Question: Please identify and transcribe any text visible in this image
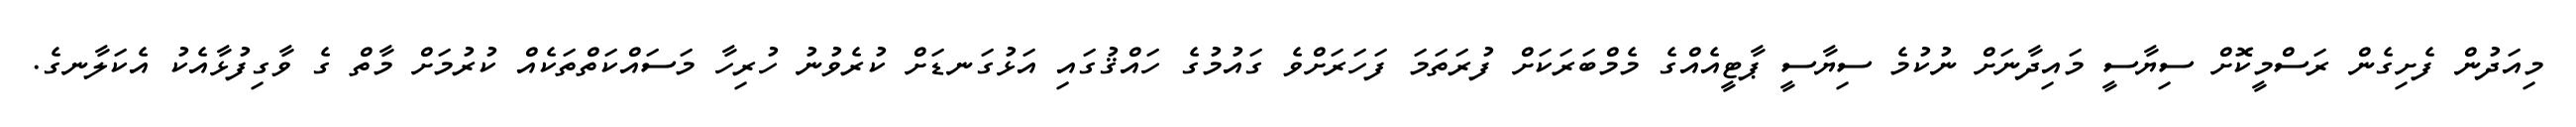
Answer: މިއަދުން ފެށިގެން ރަސްމީކޮށް ސިޔާސީ މައިދާނަށް ނުކުމެ ސިޔާސީ ޕާޓީއެއްގެ މެމްބަރަކަށް ފުރަތަމަ ފަހަރަށްވެ ގައުމުގެ ހައްޤުގައި އަޅުގަނޑަށް ކުރެވުނު ހުރިހާ މަސައްކަތްތަކެއް ކުރުމަށް މާތް ގެ ވާގިފުޅާއެކު އެކަލާނގެ.